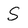
Character: S